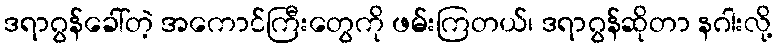
ဒရာဂွန်ခေါ်တဲ့ အကောင်ကြီးတွေကို ဖမ်းကြတယ်၊ ဒရာဂွန်ဆိုတာ နဂါးလို့